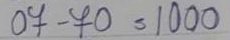
07 - 70 = 1000